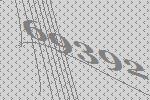
69392